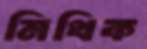
মিথিক